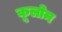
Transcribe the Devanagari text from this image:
कूलोम